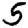
Digit: 5